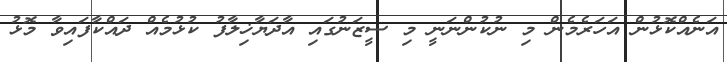
އަނެއްކޮޅުން އަހަރެމެން މި ނުކުންނަނީ މި ސީޒަނުގައި އާދަޔާޚިލާފު ކުޅުމެއް ދައްކާފައިވާ މޮޅު